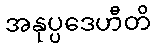
အနုပ္ပဒေဟီတိ